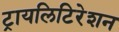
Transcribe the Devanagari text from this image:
ट्रायलिटिरेशन